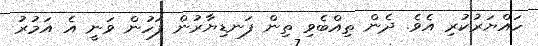
ހައްޔަރުކުރި އެވެ. ދެން ތިއްބެވި ތިން ފަނޑިޔާރުން ފަހުން ވަނީ އެ އަމުރު